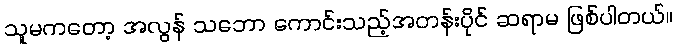
သူမကတော့ အလွန် သဘော ကောင်းသည့်အတန်းပိုင် ဆရာမ ဖြစ်ပါတယ်။